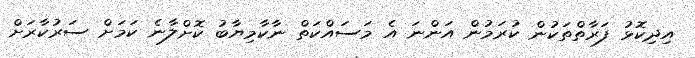
އިދިކޮޅު ފަރާތްތަކުން ކުރަމުން އަންނަ އެ މަސައްކަތް ނާކާމިޔާބު ކޮށްލާނެ ކަމަށް ސަރުކާރަށް